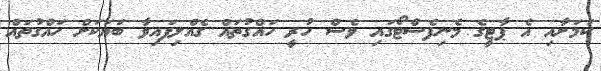
ކަމަށާއި އެ ޕާޓީގެ މެނިފެސްޓޯގައި ވެސް ހުރީ ހައްގުތައް ގެއްލިފައިވާ ބަޔަކަށް ހައްގުތައް